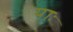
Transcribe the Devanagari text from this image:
याः